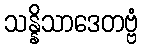
သန္နိသာဒေတဗ္ဗံ